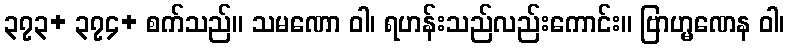
၃၇၃+ ၃၇၄+ စက်သည်။ သမဏော ဝါ၊ ရဟန်းသည်လည်းကောင်း။ ဗြာဟ္မဏေန ဝါ၊